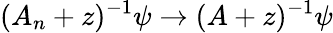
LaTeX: (A_{n}+z)^{-1}\psi\rightarrow(A+z)^{-1}\psi